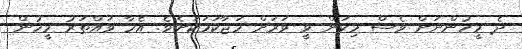
ދެ މީހުންނަށް ވެސް މިކަން ވީ ވަރަށް މަޖާކަމަކަށެވެ. އެހާ ވައްތަރު މީހުން